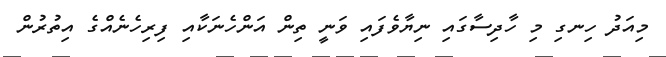
މިއަދު ހިނގި މި ހާދިސާގައި ނިޔާވެފައި ވަނީ ތިން އަންހެނަކާއި ފިރިހެނެއްގެ އިތުރުން